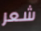
شعر